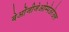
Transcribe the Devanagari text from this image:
बेओंजीजेओम्पेउरेउल